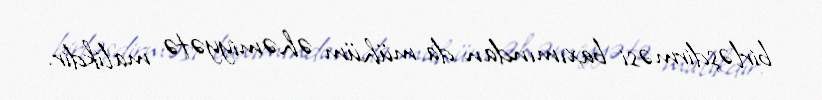
birləşdirməsi baxımından da mühüm əhəmiyyətə malikdir.